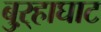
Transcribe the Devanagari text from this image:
बुऱ्हाघाट